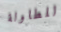
للطاولة